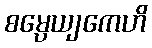
စမ္ပေယျကေဟိ